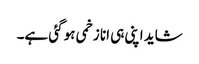
شاید اپنی ہی انا زخمی ہو گئی ہے۔